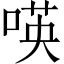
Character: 𠸄